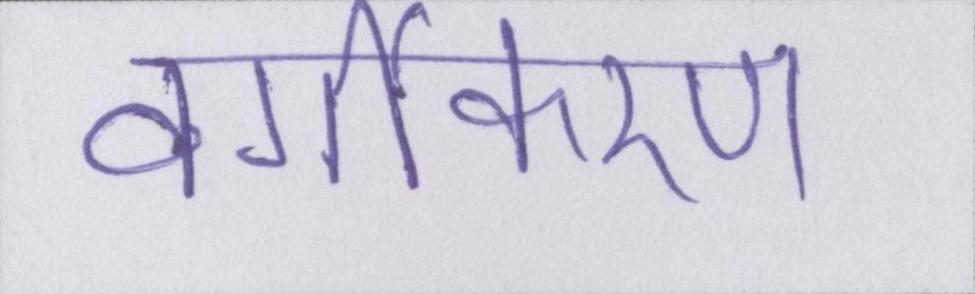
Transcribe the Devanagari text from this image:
वर्गीकरण